Scientific memoirs by medical officers of the Army of India - Part X,
Year: 1897
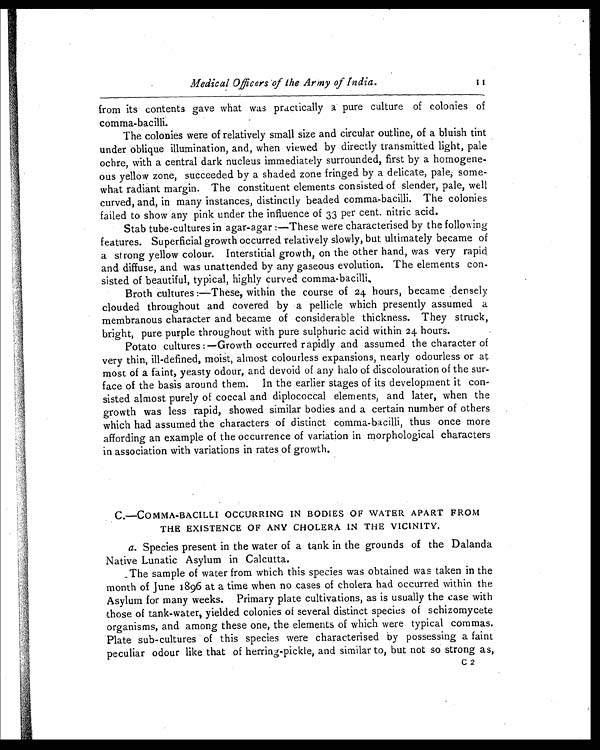
Medical Officers of the Army of India. 1 1
from its contents gave what was practically a pure culture of colonies of
comma-bacilli.
The colonies were of relatively small size and circular outline, of a bluish tint
under oblique illumination, and, when viewed by directly transmitted light, pale
ochre, with a central dark nucleus immediately surrounded, first by a homogene
-ous yellow zone, succeeded by a shaded zone fringed by a delicate, pale, some
- w h a t r a d i a n t m a r g i n . T h e c o n s t i t u e n t e l e m e n t s c o n s i s t e d o f s l e n d e r , p a l e , w e l l
curved, and, in many instances, distinctly beaded comma-bacilli. The colonies
failed to show any pink under the influence of 33 per cent. nitric acid.
Stab tube-cultures in agar-agar :—These were characterised by the following
features. Superficial growth occurred relatively slowly, but ultimately became of
a strong yellow colour. Interstitial growth, on the other hand, was very rapid
and diffuse, and was unattended by any gaseous evolution. The elements con
- s i s t e d o f b e a u t i f u l , t y p i c a l , h i g h l y c u r v e d c o m m a - b a c i l l i , Broth cultures :—These, within the course of 24 hours, became densely
clouded throughout and covered by a pellicle which presently assumed a
membranous character and became of considerable thickness. They struck,
bright, pure purple throughout with pure sulphuric acid within 24 hours.
Potato cultures :—Growth occurred rapidly and assumed the character of
very thin, ill-defined, moist, almost colourless expansions, nearly odourless or at
most of a faint, yeasty odour, and devoid of any halo of discolouration of the sur
-face of the basis around them. In the earlier stages of its development it con
- s i s t e d a l m o s t p u r e l y o f c o c c a l a n d d i p l o c o c c a l e l e m e n t s , a n d l a t e r , w h e n t h e
growth was less rapid, showed similar bodies and a certain number of others
which had assumed the characters of distinct comma-bacilli, thus once more
affording an example of the occurrence of variation in morphological characters
in association with variations in rates of growth.
C.—COMMA-BACILLI OCCURRING IN BODIES OF WATER APART FROM
THE EXISTENCE OF ANY CHOLERA IN THE VICINITY.
a. Species present in the water of a tank in the grounds of the Dalanda
Native Lunatic Asylum in Calcutta.
_The sample of water from which this species was obtained was taken in the
month of June 1896 at a time when no cases of cholera had occurred within the
Asylum for many weeks. Primary plate cultivations, as is usually the case with
those of tank-water, yielded colonies of several distinct species of schizomycete
organisms, and among these one, the elements of which were typical commas.
Plate sub-cultures of this species were characterised by possessing a faint
peculiar odour like that of herring-pickle, and similar to, but not so strong as,
C 2